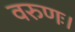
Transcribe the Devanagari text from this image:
वरुणः।